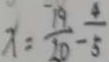
x = \frac { 1 9 } { 2 0 } - \frac { 4 } { 5 }